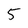
Character: 5